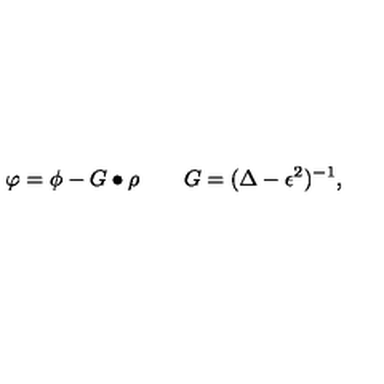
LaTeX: \varphi = \phi - G \bullet \rho \qquad G = ( \Delta - \epsilon ^ { 2 } ) ^ { - 1 } ,